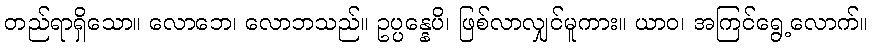
တည်ရာရှိသော။ လောဘေ၊ လောဘသည်။ ဥပ္ပန္နေပိ၊ ဖြစ်လာလျှင်မူကား။ ယာဝ၊ အကြင်ရွေ့လောက်။